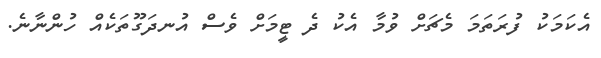
އެކަމަކު ފުރަތަމަ މެޗަށް ވުމާ އެކު ދެ ޓީމަށް ވެސް އުނދަގޫތަކެއް ހުންނާނެ.